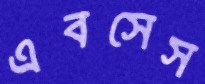
এবসেস